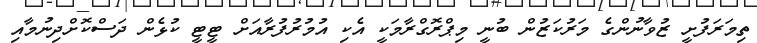
ތިމަރަފުށީ ޒުވާނުންގެ މަރުކަޒުން ބުނީ މިޕްރޮގްރާމަކީ އެކި އުމުރުފުރާއަށް ޓީޓީ ކުޅެން ދަސްކޮށްދިނުމާއި